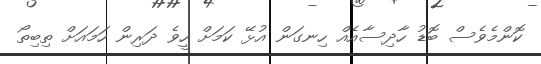
ކޮންމެވެސް ބޮޑު ހާދިސާއެއް ހިނގަން އުޅޭ ކަމަށް ހީވެ ދަރިން ހަމައަށް ތިބިތޯ